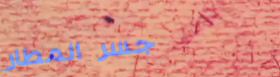
جسر المطار